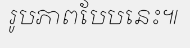
រូបភាពបែបនេះ៕